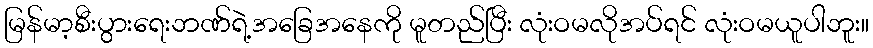
မြန်မာ့စီးပွားရေးဘဏ်ရဲ့အခြေအနေကို မူတည်ပြီး လုံးဝမလိုအပ်ရင် လုံးဝမယူပါဘူး။